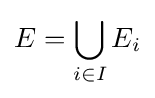
E=\bigcup _{i\in I}E_{i}